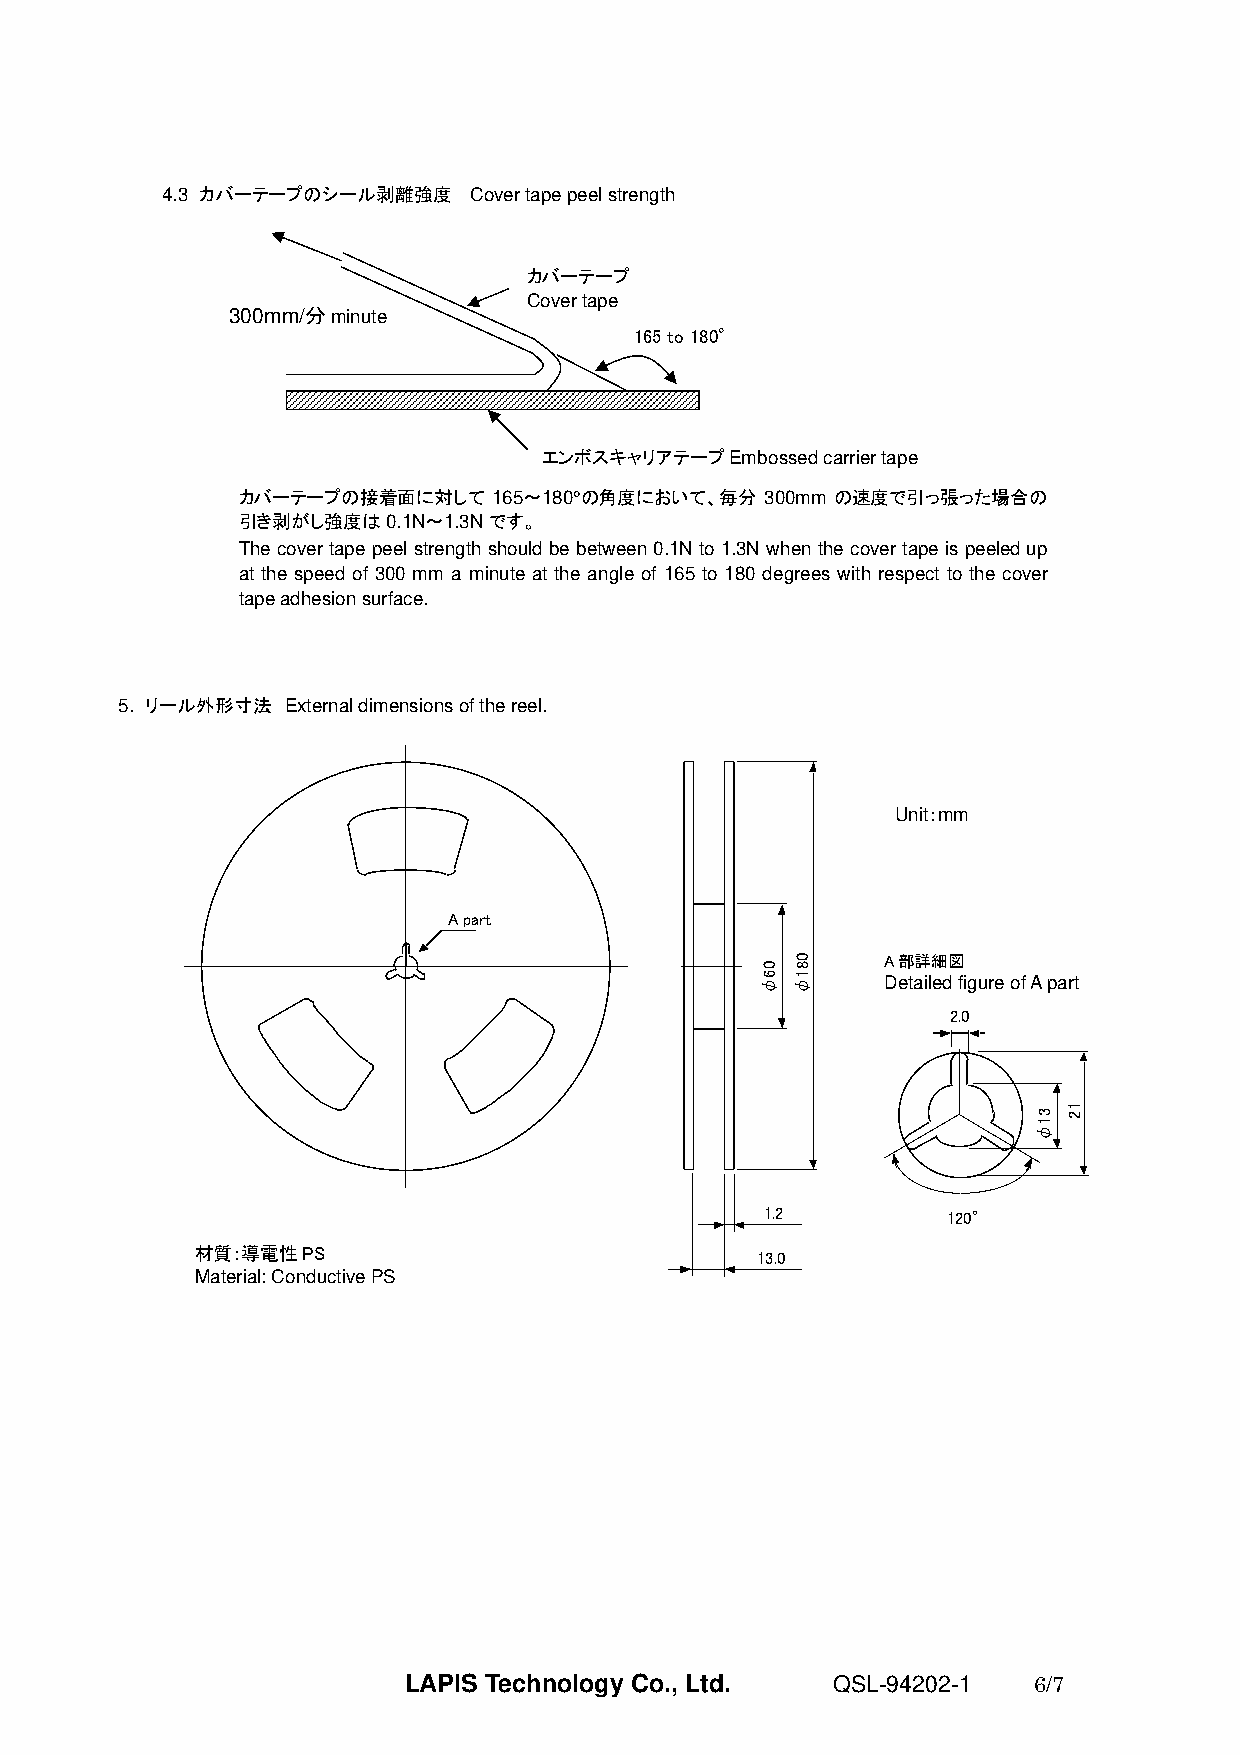
4.3 カバーテープのシール剥離強度  Cover tape peel strength
 カバーテープ
 Cover tape
 300mm/分minute
 165 to 180°
 エンボスキャリアテープEmbossed carrier tape
 カバーテープの接着面に対して   165～180°の角度において、毎分 300mm の速度で引っ張った場合の
 引き剥がし強度は0.1N～1.3Nです。
 The cover tape peel strength should be between 0.1N to 1.3N when the cover tape is peeled up
 at the speed of 300 mm a minute at the angle of 165 to 180 degrees with respect to the cover
 tape adhesion surface.
 5. リール外形寸法 External dimensions of the reel.
 Unit：mm
 A part
 A部詳細図
 Detailed figure of A part
 2.0
 1.2         120°
 材質：導電性PS
 13.0
 Material: Conductive PS
 LAPIS Technology Co., Ltd.  QSL-94202-1  6/7
 06φ
 081φ
 31φ 12